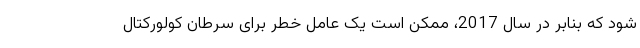
شود که بنابر در سال 2017، ممکن است یک عامل خطر برای سرطان کولورکتال